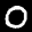
Label: 0